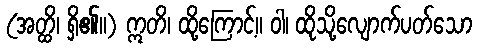
(အတ္ထိ၊ ရှိ၏။) ဣတိ၊ ထို့ကြောင့်။ ဝါ၊ ထိုသို့လျောက်ပတ်သော